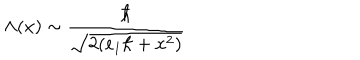
LaTeX: \Lambda ( x ) \sim \frac { \hbar } { \sqrt { 2 ( e _ { 1 } \hbar + x ^ { 2 } ) } }